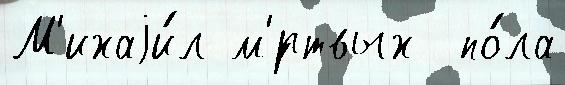
М'ихаjи́л м'́ртвых  по́ла